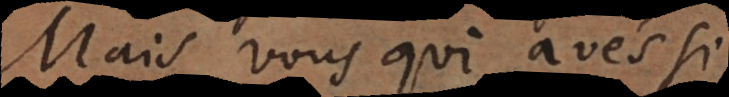
Mais vous qui avés si